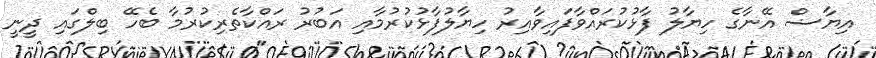
އިޔާޟް އޭނާގެ ހިޔާލު ފާޅުކުރައްވާފައިވާއިރު ހިޔާލުފާޅުކުރުމާއި އަބުރު ރައްކާތެރިކުރުމާ ބެހޭ ބިލްގައި ދީނީ